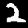
Digit: 2